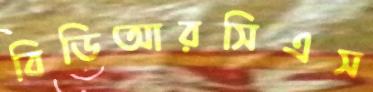
বিডিআরসিএস